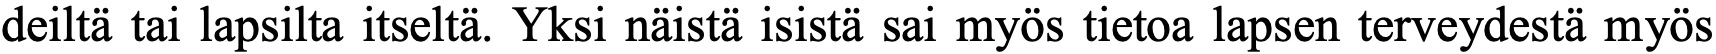
deiltä tai lapsilta itseltä. Yksi näistä isistä sai myös tietoa lapsen terveydestä myös